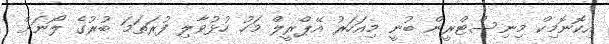
އިކޮނޮމިކް މިނިސްޓްރީން ބުނީ މިއަހަރު އޭޕްރީލް މަހު ހުޅުވާލި ފުރަތަމަ ބުރުގެ ލޯނަށް